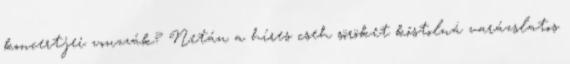
koncertjei vonzzák? Netán a híres cseh söröket kóstolná varázslatos